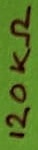
Text: 120Ω